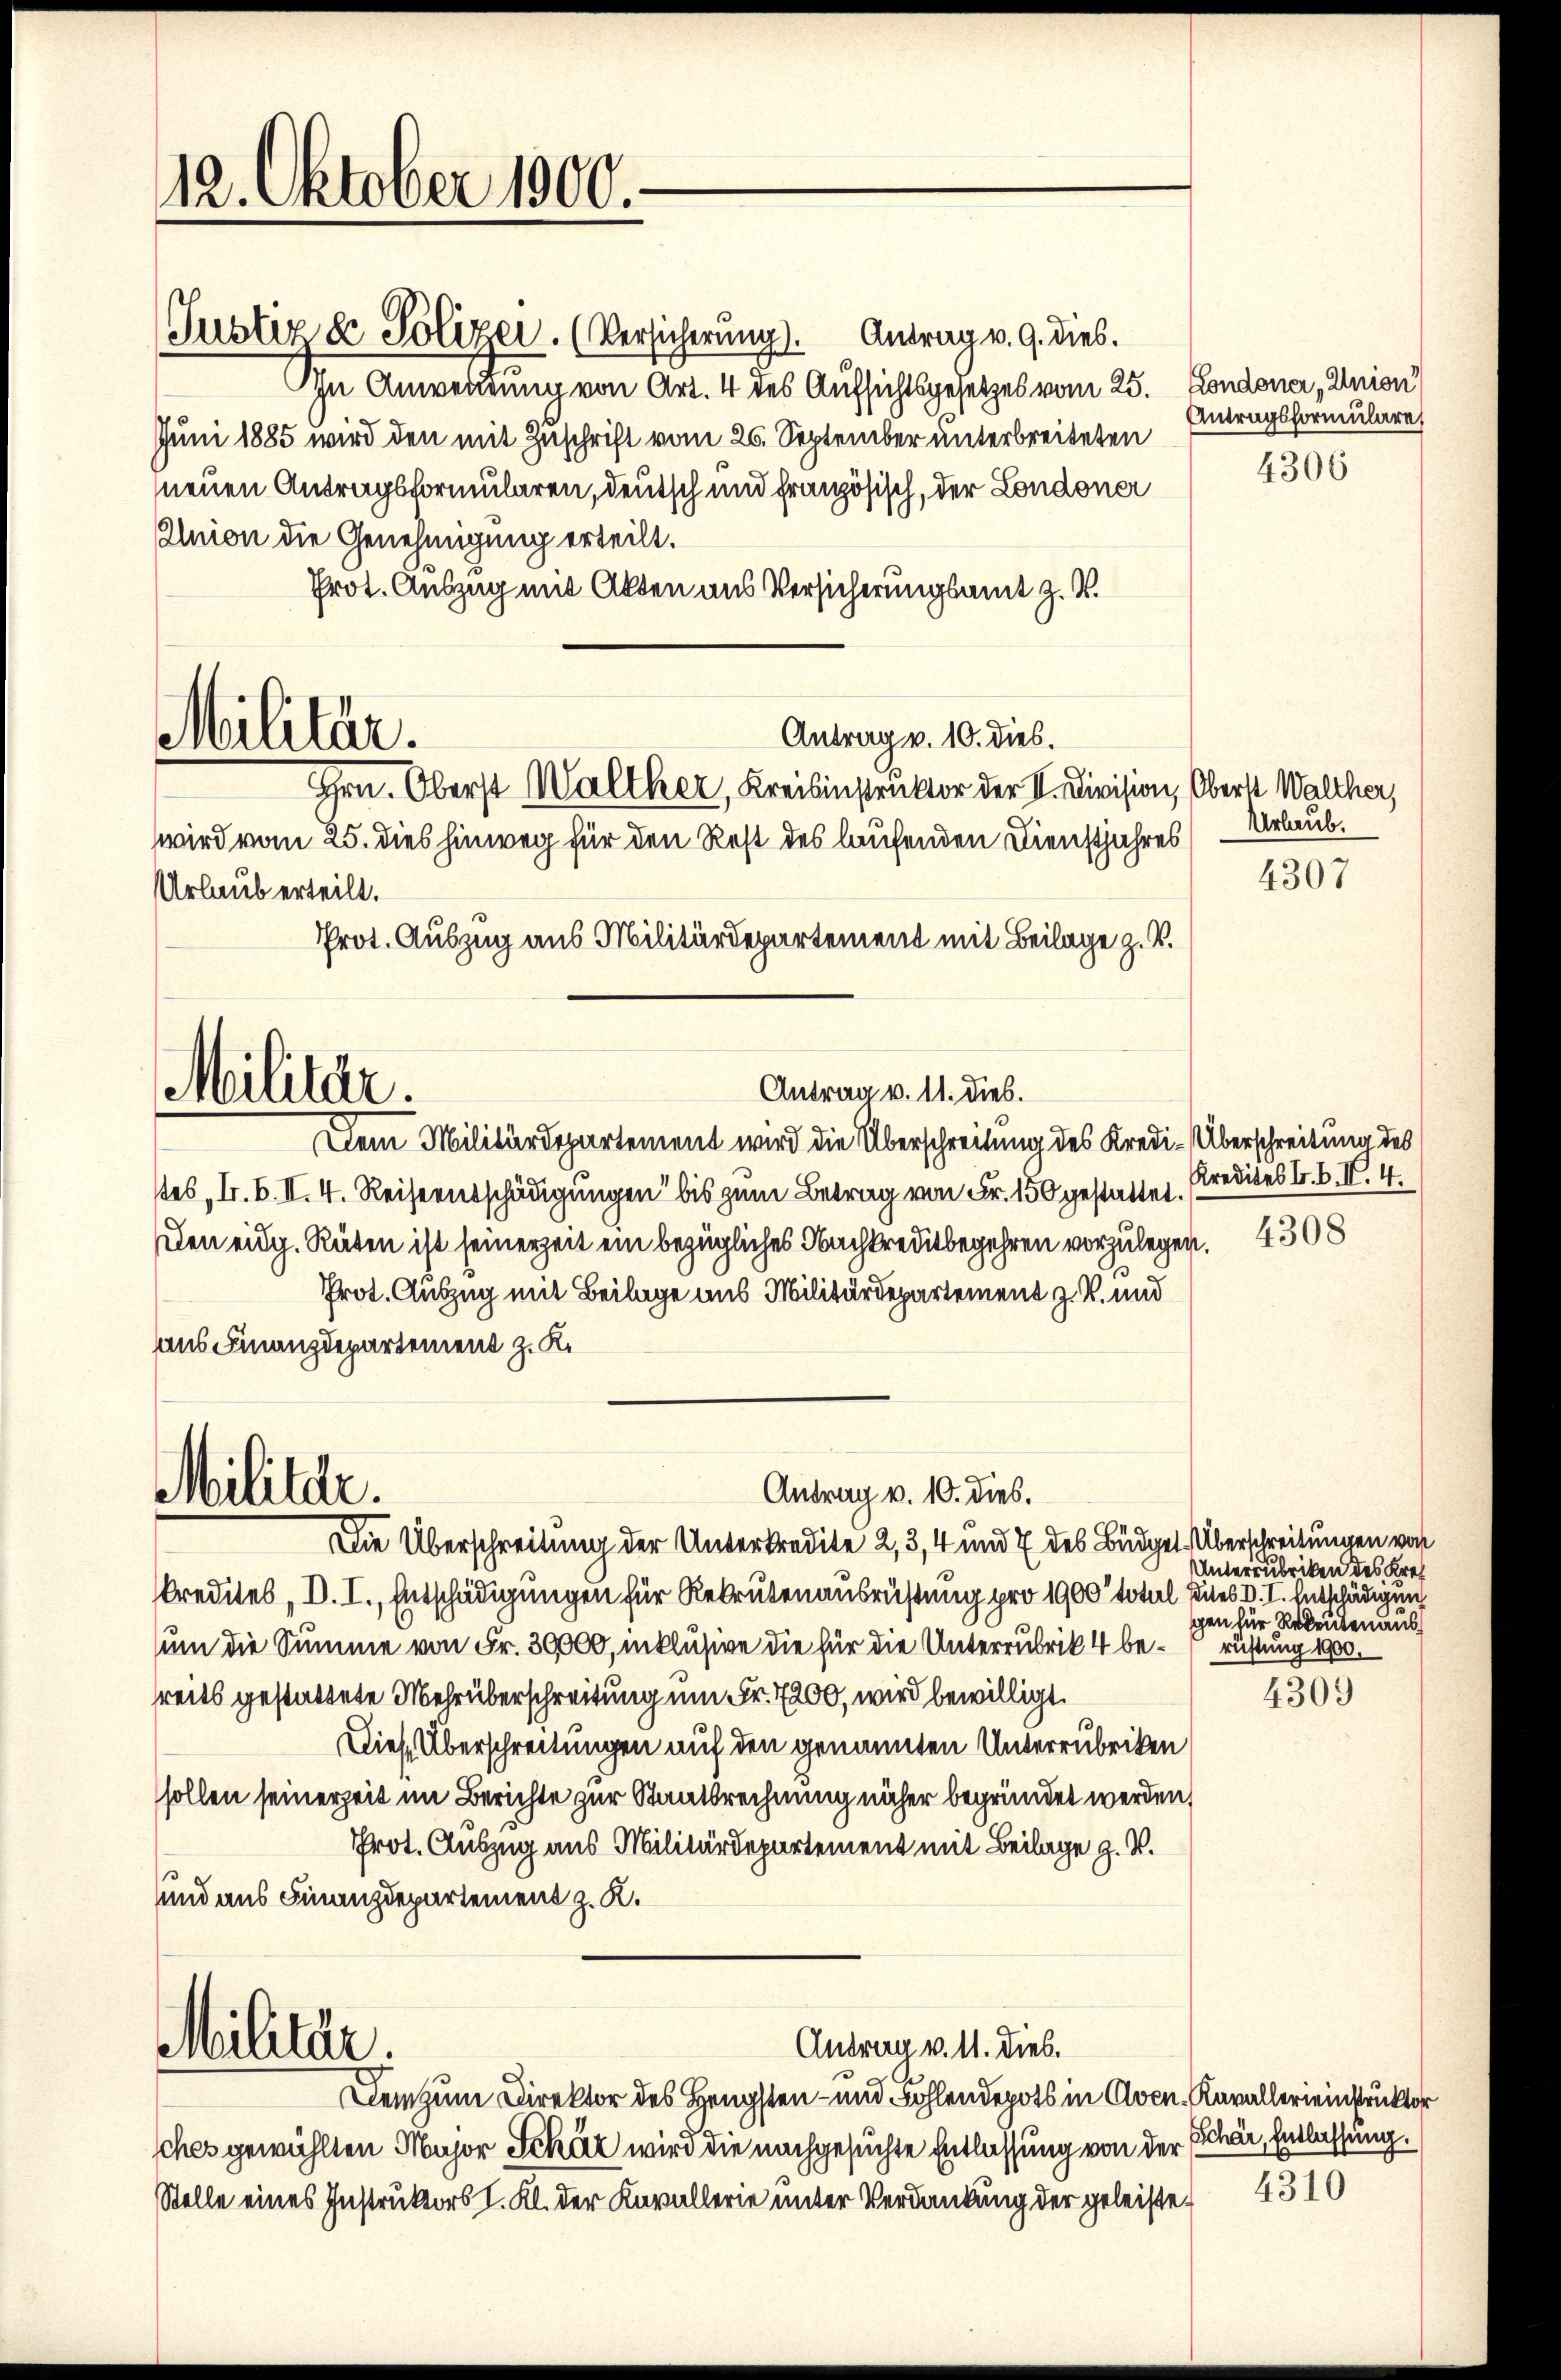
12. Oktober 1900.

Justiz & Polizei. (Versicherung).

Antrag v. 9. dies.
In Anwendung von Art. 4 des Aufsichtsgesetzes vom 25. Londoner, Union
Juni 1885 wird den mit Zuschrift vom 26. September unterbreiteten
neuen Antragsformularen, deutsch und französisch, der Londoner
Union die Genehmigung erteilt.
Prot. Auszug mit Akten aus Versicherungsamt z. B.
Antrag v. 10. dies.
Militär.
Hrn. Oberst Walther, Kreisinstruktor der II. Division, Oberst Walther,
wird vom 25. dies hinweg für den Rest des laufenden Dienstjahres Urlaub.
Urlaub erteilt.
Prot. Auszug aus Militärdepartement mit Beilage z. B.

Militär.

Mililde.

Militär.

Antrag v. 11. dies.

Antrag v. 10. dies.

Antrag v. 11. Dieb.

Dem Militärdepartement wird die Überschreitung des Kredi-Überschreitung des
stes I. B. II. 4. Reiseentschädigungen bis zum Betrag von Fr. 150 gestattet.
eden eidg. Räten ist seinerzeit ein bezügliches Nachkreditbegehren vorzulegen.
Prot. Auszug mit Beilage aus Militärdepartement z. B. und
aus Finanzdepartement z. K.

Dem zum Direktor des Hengsten- und Bohlendepots in Aven. Kavallereinstruktor
sches gewählten Major Schät wird die nachgesuchte Entlassung von der
Stelle eines Instruktors I. Kl. der Kavallerie unter Verdankung der geleiste¬

Die Überschreitung der Unterkredite 2, 3, 4 und 7 des Büdget. Überschreitungen von
kredites, D. I., Entschädigungen für Rekrutenausrüstung pro 1900 total dies V. I. Entschädigung
um die Summe von Fr. 3000, inklusive die für die Unterrubrik 4 be- rüstung 1900.
reits gestattete Mehr überschreitung um Fr. 7200, wird bewilligt.
Diese Überschreitungen auf den genannten Unterrubriken
sollen seinerzeit im Berichte zur Staatsrechnung näher begründet werden,
Prot. Auszug aus Militärdepartement mit Beilage z. B.
und aus Finanzdepartement z. K.

Antragsformulare
4306

4307

Kredites I. B. II. 4.
4308

Unterzubriken des Krei
gen für Rekruten aus¬

4309

Schär, Entlassung.
4310